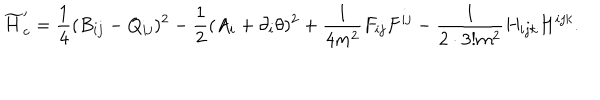
LaTeX: \widetilde { H } _ { c } ^ { \prime } = \frac { 1 } { 4 } ( B _ { i j } - Q _ { i j } ) ^ { 2 } - \frac { 1 } { 2 } ( A _ { i } + \partial _ { i } \theta ) ^ { 2 } + \frac { 1 } { 4 m ^ { 2 } } F _ { i j } F ^ { i j } - \frac { 1 } { 2 \cdot 3 ! m ^ { 2 } } H _ { i j k } H ^ { i j k } .